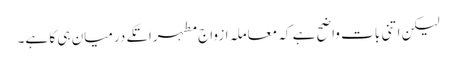
لیکن اتنی بات واضح ہے کہ معاملہ ازواج مطہراتکے درمیان ہی کا ہے۔